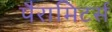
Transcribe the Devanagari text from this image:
पैरामिटर्स